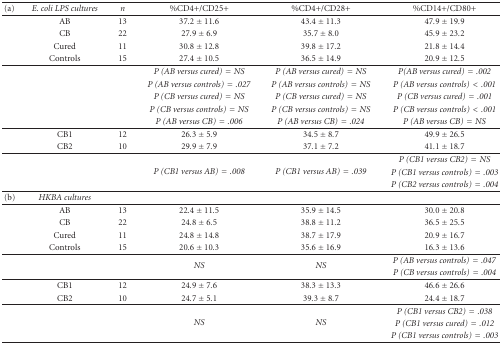
<table><thead><tr><td><b>(a)</b></td><td><b><i> E. coli LPS cultures</i></b></td><td><b><i>n</i></b></td><td><b> %CD4+/CD25+</b></td><td><b> %CD4+/CD28+</b></td><td><b> %CD14+/CD80+</b></td></tr></thead><tbody><tr><td></td><td> AB </td><td>13</td><td>37.2 ± 11.6</td><td>43.4 ± 11.3</td><td>47.9 ± 19.9</td></tr><tr><td></td><td> CB </td><td>22</td><td>27.9 ± 6.9</td><td>35.7 ± 8.0</td><td>45.9 ± 23.2</td></tr><tr><td></td><td> Cured </td><td>11</td><td>30.8 ± 12.8</td><td>39.8 ± 17.2</td><td>21.8 ± 14.4</td></tr><tr><td></td><td> Controls </td><td>15</td><td>27.4 ± 10.5</td><td>36.5 ± 14.9</td><td>20.9 ± 12.5</td></tr><tr><td></td><td></td><td></td><td><i>P (AB versus cured) = NS</i></td><td><i>P (AB versus cured) = NS</i></td><td><i>P(AB versus cured) = .002</i></td></tr><tr><td></td><td></td><td></td><td><i>P (AB versus controls) = .027</i></td><td><i>P (AB versus controls) = NS</i></td><td><i>P (AB versus controls) &lt; .001</i></td></tr><tr><td></td><td></td><td></td><td><i>P (CB versus cured) = NS</i></td><td><i>P (CB versus cured) = NS</i></td><td><i>P (CB versus cured) = .001</i></td></tr><tr><td></td><td></td><td></td><td><i>P (CB versus controls) = NS</i></td><td><i>P (CB versus controls) = NS</i></td><td><i>P (CB versus controls) &lt; .001</i></td></tr><tr><td></td><td></td><td></td><td><i>P (AB versus CB) = .006</i></td><td><i>P (AB versus CB) = .024</i></td><td><i>P (AB versus CB) = NS</i></td></tr><tr><td></td><td> CB1 </td><td>12</td><td>26.3 ± 5.9</td><td>34.5 ± 8.7</td><td>49.9 ± 26.5</td></tr><tr><td></td><td> CB2 </td><td>10</td><td>29.9 ± 7.9</td><td>37.1 ± 7.2</td><td>41.1 ± 18.7</td></tr><tr><td></td><td></td><td></td><td rowspan="3"><i>P (CB1 versus AB) = .008</i></td><td rowspan="3"><i>P (CB1 versus AB) = .039</i></td><td><i>P (CB1 versus CB2) = NS</i></td></tr><tr><td></td><td></td><td></td><td><i>P (CB1 versus controls) = .003</i></td></tr><tr><td></td><td></td><td></td><td><i>P (CB2 versus controls) = .004</i></td></tr><tr><td>(b)</td><td><i>HKBA cultures</i></td><td></td><td></td><td></td><td></td></tr><tr><td></td><td> AB </td><td>13</td><td>22.4 ± 11.5</td><td>35.9 ± 14.5</td><td>30.0 ± 20.8</td></tr><tr><td></td><td> CB </td><td>22</td><td>24.8 ± 6.5</td><td>38.8 ± 11.2</td><td>36.5 ± 25.5</td></tr><tr><td></td><td> Cured </td><td>11</td><td>24.8 ± 14.8</td><td>38.7 ± 17.9</td><td>20.9 ± 16.7</td></tr><tr><td></td><td> Controls </td><td>15</td><td>20.6 ± 10.3</td><td>35.6 ± 16.9</td><td>16.3 ± 13.6</td></tr><tr><td></td><td></td><td></td><td rowspan="2"><i>NS</i></td><td rowspan="2"><i>NS</i></td><td><i>P (AB versus controls) = .047</i></td></tr><tr><td></td><td></td><td></td><td><i>P (CB versus controls) = .004</i></td></tr><tr><td></td><td> CB1 </td><td>12</td><td>24.9 ± 7.6</td><td>38.3 ± 13.3</td><td>46.6 ± 26.6</td></tr><tr><td></td><td> CB2 </td><td>10</td><td>24.7 ± 5.1</td><td>39.3 ± 8.7</td><td>24.4 ± 18.7</td></tr><tr><td></td><td></td><td></td><td rowspan="3"><i>NS</i></td><td rowspan="3"><i>NS</i></td><td><i>P (CB1 versus CB2) = .038</i></td></tr><tr><td></td><td></td><td></td><td><i>P (CB1 versus cured) = .012</i></td></tr><tr><td></td><td></td><td></td><td><i>P (CB1 versus controls) = .003</i></td></tr></tbody></table>